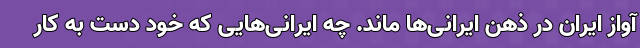
آواز ایران در ذهن ایرانی‌ها ماند. چه ایرانی‌هایی که خود دست به کار